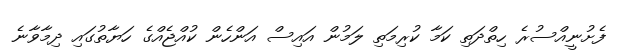
ފެށުނީއްސުރެ ހިތްދަތި ކަމާ ކުރިމަތި ލަމުން އައިސް އަންހެން ކުއްޖެއްގެ ހަޔާތުގައި ދިމާވާނެ